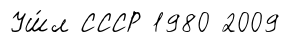
Уш́л СССР 1980 2009